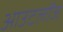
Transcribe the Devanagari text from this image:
आउटलॉज